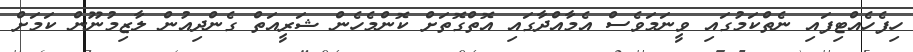
ހިފެހެއްޓިފައި ނެތްކަމުގައި ވީނަމަވެސް އެމާއްދާގައި އޮތްގޮތަށް ކޮންމެހެން ޝަރީއަތް ގެންދިއުން ލާޒިމުނޫން ކަމަށް